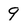
Character: 9